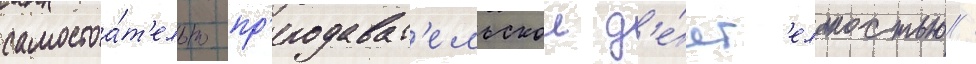
самостоа́т'ельно пр'еподават'ельскои д'е́ят'ельностью /